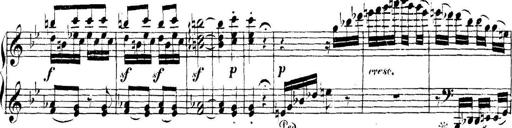
Title: Collected Piano Sonatas
Composer: Muzio Clementi